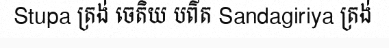
Stupa ត្រង់ ចេតិយ បព៌ត Sandagiriya ត្រង់